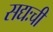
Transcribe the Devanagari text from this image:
सद्यःची